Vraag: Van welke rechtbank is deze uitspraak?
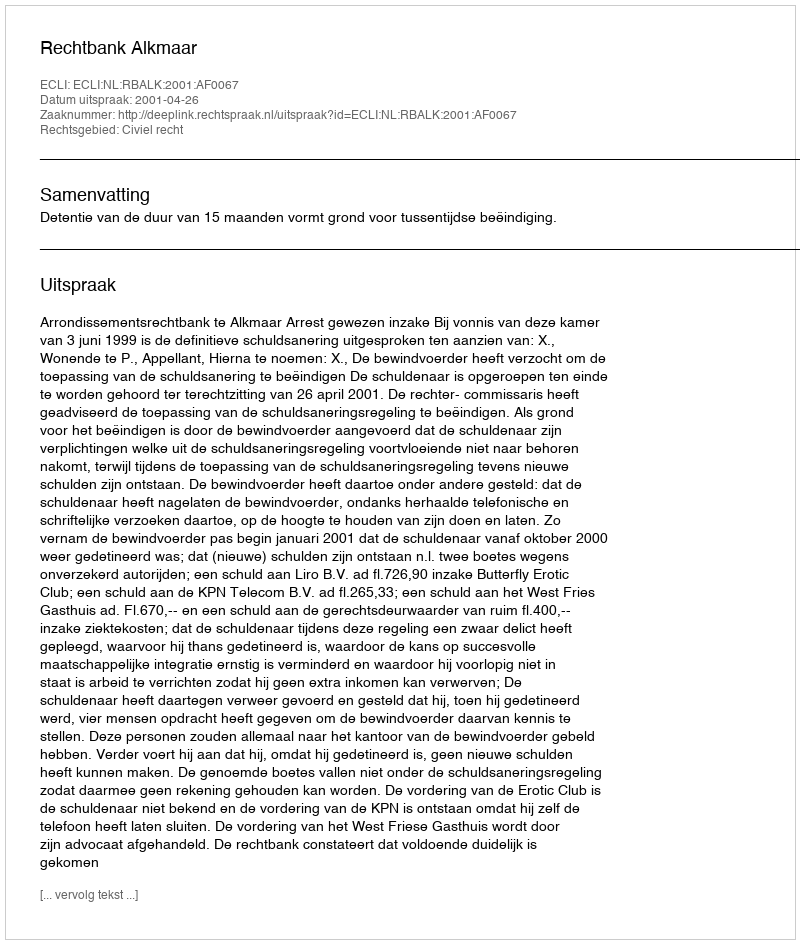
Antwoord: Rechtbank Alkmaar